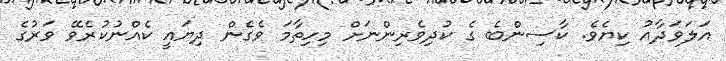
އަލަވަދާއު ކިޔެވެ. ކާސިންބެ ގެ ކުދިވެރިންނަށް މިހިތާމަ ވެގެން ދިޔައީ ކެއްނުކުރެވޭ ވަރުގެ